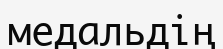
медальдің